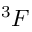
^ 3 F